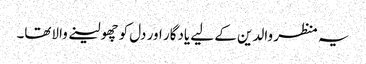
یہ منظر والدین کے لیے یادگار اور دل کو چھولینے والاتھا۔